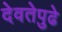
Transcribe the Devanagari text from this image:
देवतेपुढे